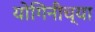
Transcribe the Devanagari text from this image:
योगिनीच्या